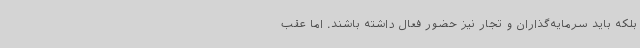
بلکه باید سرمایه‌گذاران و تجار نیز حضور فعال داشته باشند. اما عقب